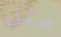
مثل